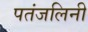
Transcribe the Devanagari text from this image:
पतंजलिनी